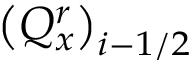
{ { \left( Q _ { x } ^ { r } \right) } _ { i - 1 / 2 } }